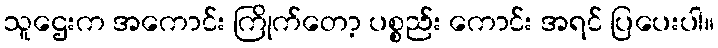
သူဌေးက အကောင်း ကြိုက်တော့ ပစ္စည်း ကောင်း အရင် ပြပေးပါ။